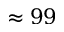
\approx 9 9